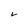
Character: V